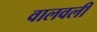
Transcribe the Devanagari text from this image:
वालवली